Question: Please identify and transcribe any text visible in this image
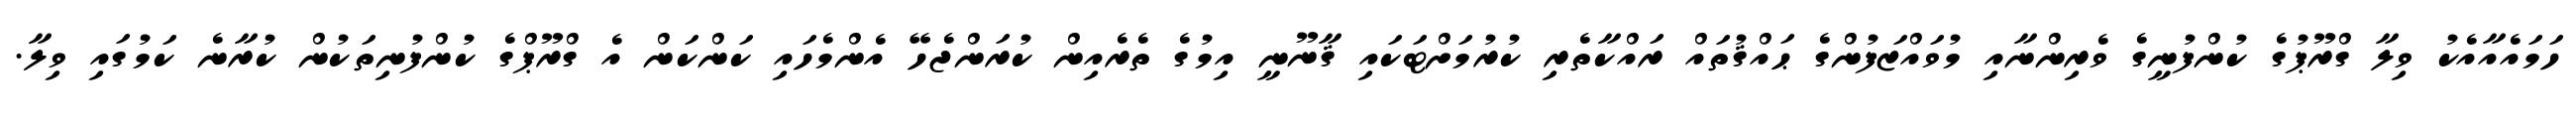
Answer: ހަމައެއާއެކު ވިލާ ގްރޫޕުގެ ކުންފުނީގެ ވެރިންނާއި މުވައްޒަފުންގެ ޙައްޤުތައް ރައްކާތެރި ކުރުމަށްޓަކައި ޤާނޫނީ އިމުގެ ތެރެއިން ކުރަންޖެހޭ އެންމެހައި ކަންކަން އެ ގްރޫޕްގެ ކުންފުނިތަކުން ކުރާނެ ކަމުގައި ވިލާ.